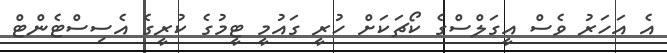
އެ އަހަރު ވެސް އީގަލްސްގެ ކޯޗަކަށް ހުރީ ގައުމީ ޓީމުގެ ކުރީގެ އެސިސްޓެންޓް